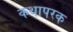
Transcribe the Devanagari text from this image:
कथापरक